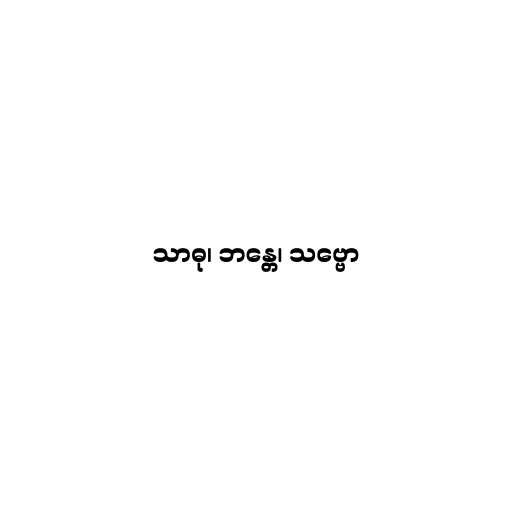
သာဓု၊ ဘန္တေ၊ သဗ္ဗော